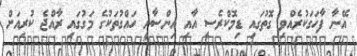
އޭނާ ފާހަގަކުރެއްވި ގޮތުގައި ޑިމޮކްރެސީ އާއި އިންސާނީ ހައްގުތަކުގެ މަގުގައި ރާއްޖެ ކުރިއަށް